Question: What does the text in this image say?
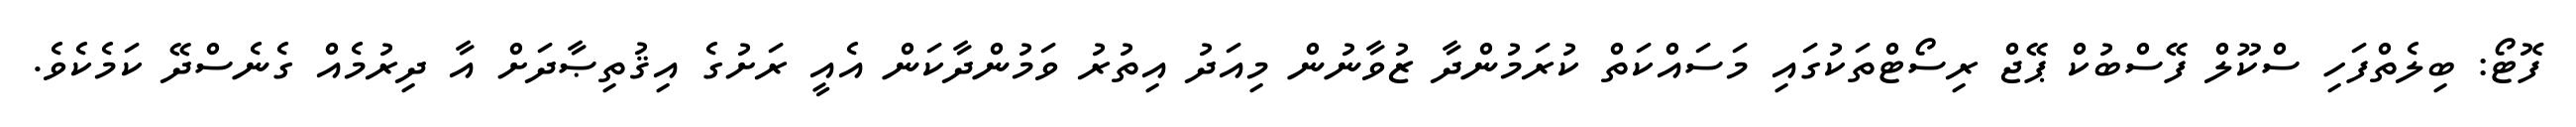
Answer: ފޮޓޯ: ބިލެތްފަހި ސްކޫލް ފޭސްބުކް ޕޭޖް ރިސޯޓްތަކުގައި މަސައްކަތް ކުރަމުންދާ ޒުވާނުން މިއަދު އިތުރު ވަމުންދާކަން އެއީ ރަށުގެ އިޤުތިޞާދަށް އާ ދިރުމެއް ގެނެސްދޭ ކަމެކެވެ.